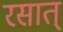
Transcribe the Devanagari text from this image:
रसात्